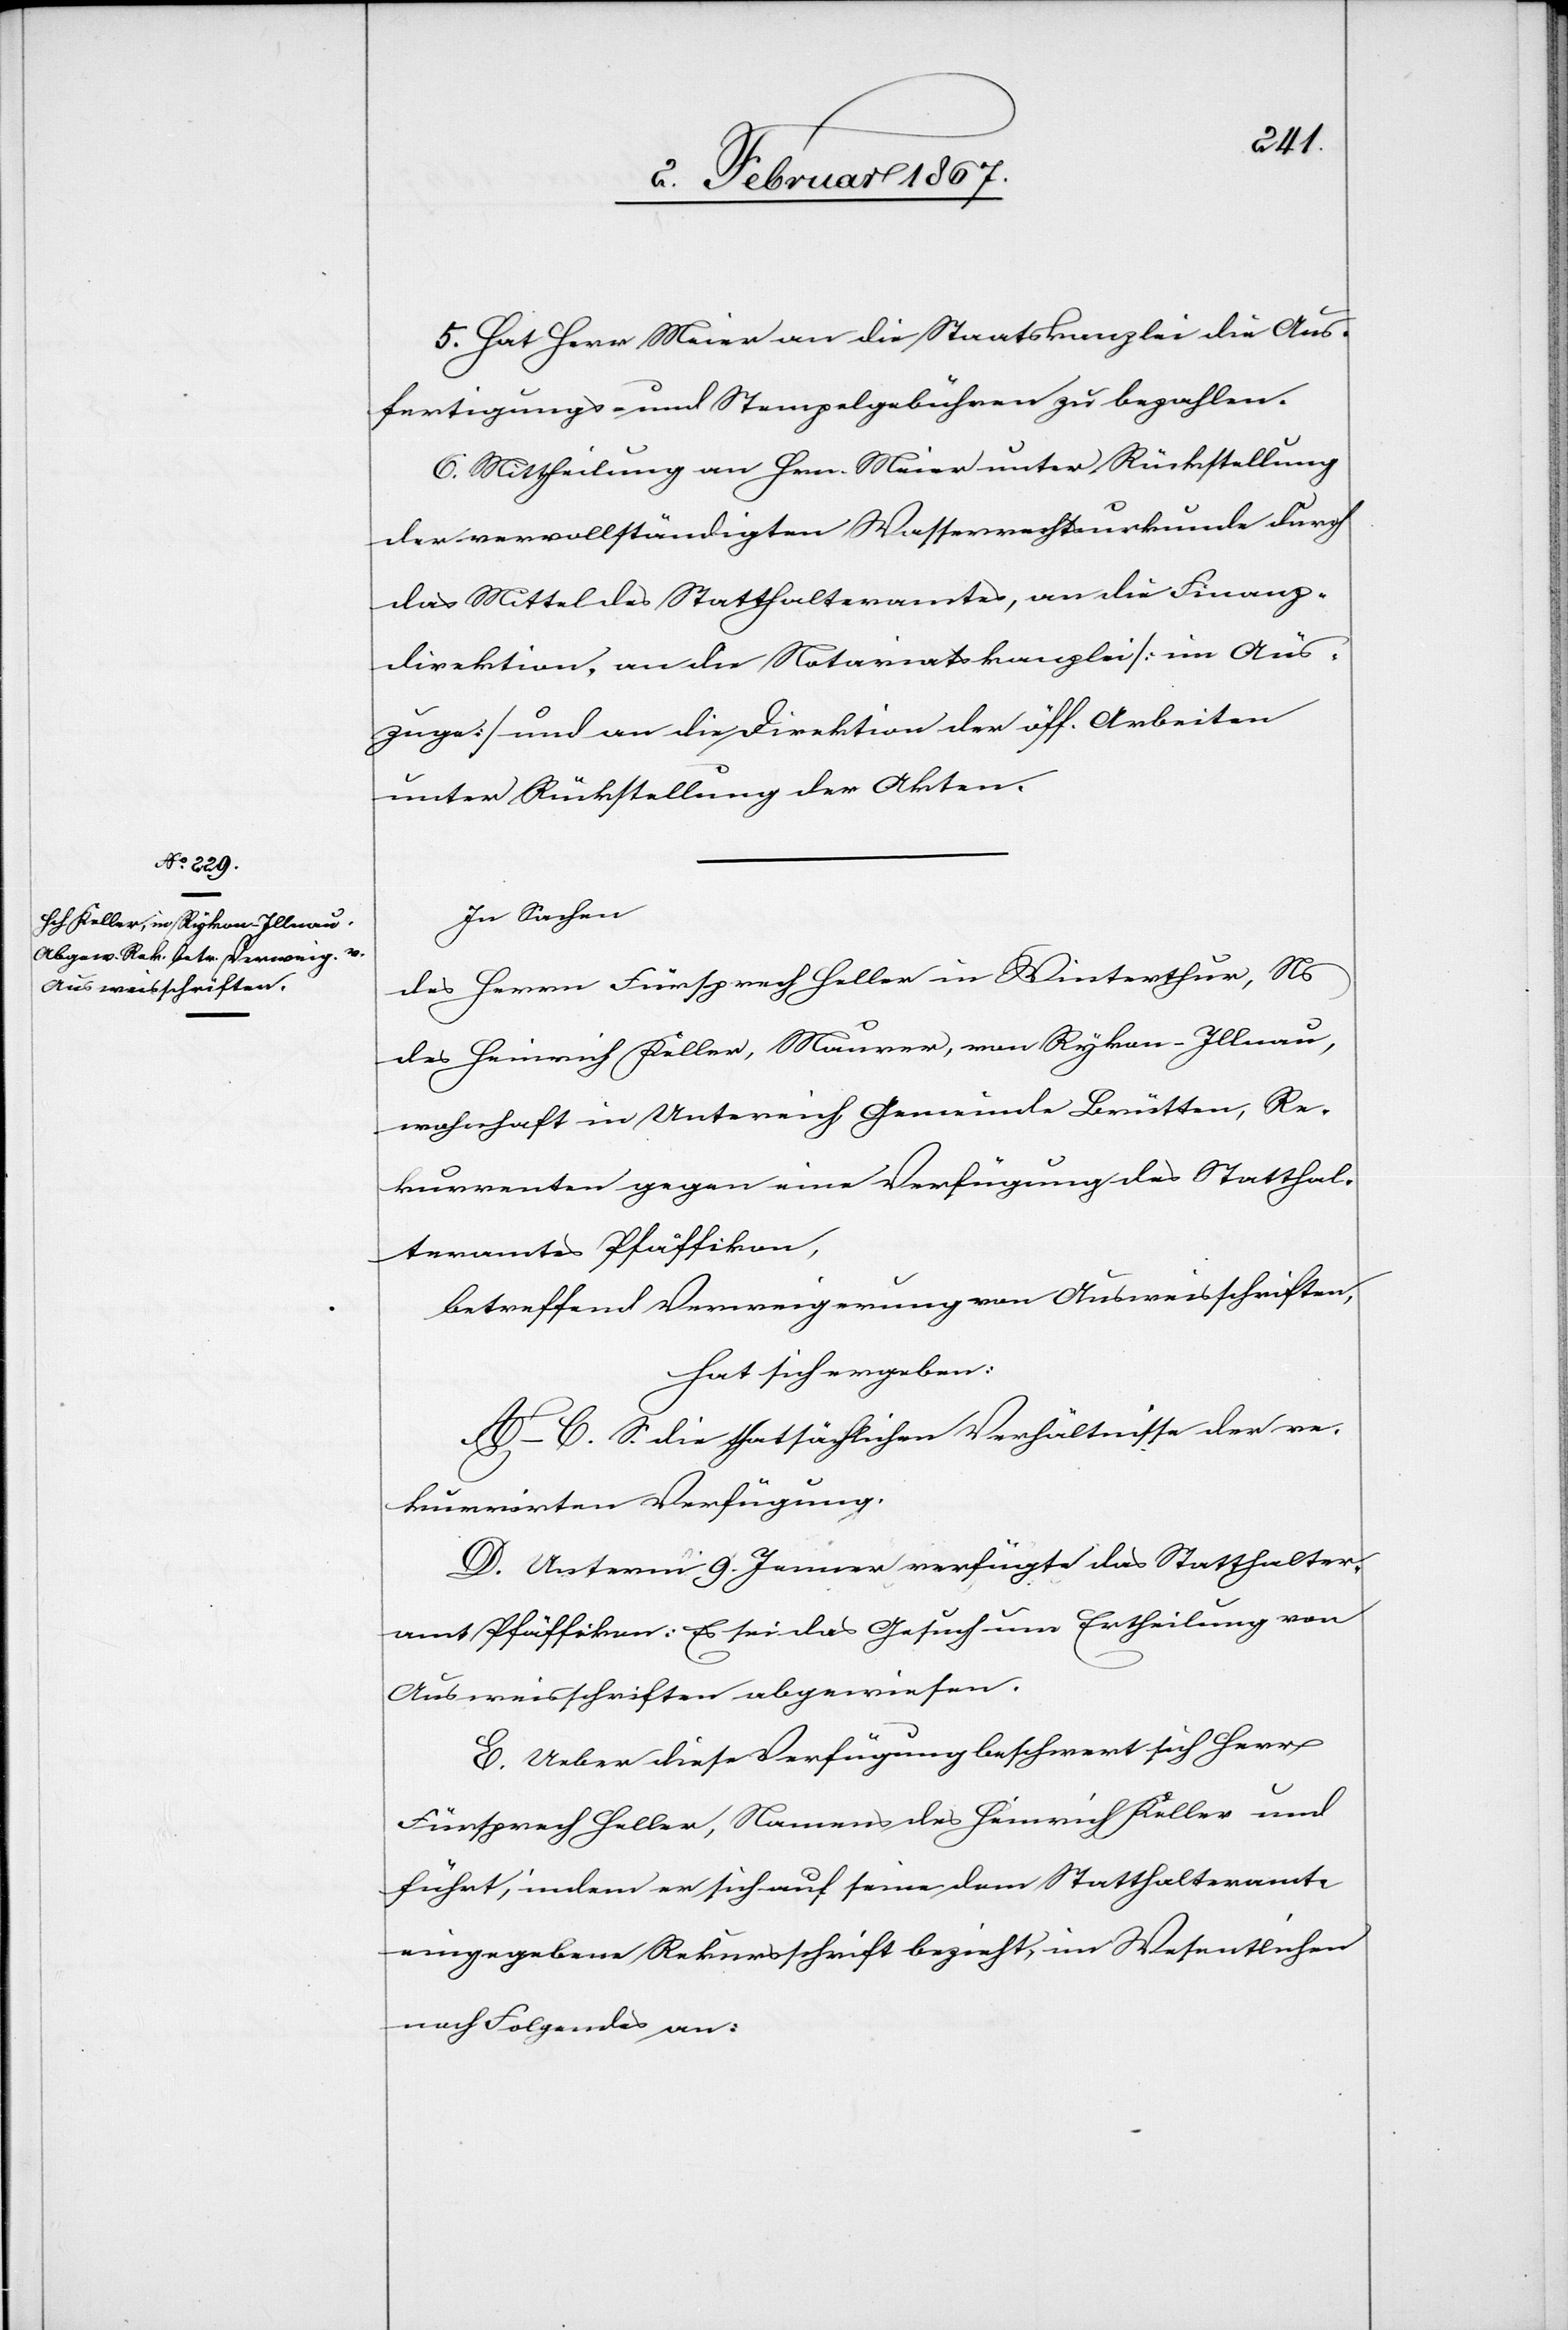
5. Hat Herr Meier an die Staatskanzlei die Aus¬
fertigungs- und Stempelgebühren zu bezahlen.
6. Mittheilung an Hrn. Meier unter Rückstellung
der vervollständigten Wasserwerksurkunde durch
das Mittel des Statthalteramtes, an die Finanz¬
direktion, an die Notariatskanzlei (im Aus¬
zuge) und an die Direktion der öff. Arbeiten
unter Rückstellung der Akten.
In Sachen
des Herrn Fürsprech Heller in Winterthur, Ns
des Heinrich Keller, Maurer von Rykon - Illnau,
wohnhaft in Untereich Gemeinde Brütten, Re¬
kurrenten gegen eine Verfügung des Statthal¬
teramtes Pfäffikon,
betreffend Verweigerung von Ausweisschriften,
hat sich ergeben:
A–C. S. die thatsächlichen Verhältnisse der re¬
kurrirten Verfügung.
D. Unterm 9. Jenner verfügte das Statthalter¬
amt Pfäffikon: Es sei das Gesuch um Ertheilung von
Ausweisschriften abgewiesen.
E. Ueber diese Verfügung beschwert sich Herr
Fürsprech Heller, Namens des Heinrich Keller und
führt, indem er sich auf seine dem Statthalteramte
eingegebene Rekursschrift bezieht, im Wesentlichen
noch Folgendes an: